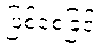
ဖြစ်စေခြင်း